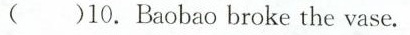
( )10.Baobao broke the vase.